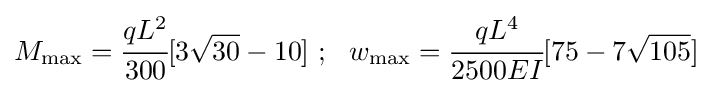
M_{\mathrm {max} }={\cfrac {qL^{2}}{300}}[3{\sqrt {30}}-10]~;~~w_{\mathrm {max} }={\cfrac {qL^{4}}{2500EI}}[75-7{\sqrt {105}}]